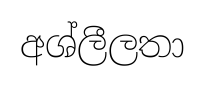
අශ්ලීලතා